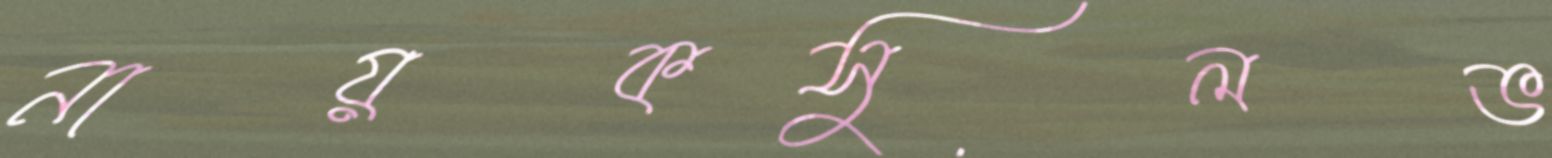
নায়কসুলভ